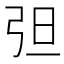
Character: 𰐔